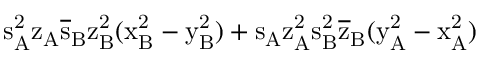
\mathrm { s _ { A } ^ { 2 } \mathrm { z _ { A } \mathrm { \overline { { s } } _ { B } \mathrm { z _ { B } ^ { 2 } ( \mathrm { x _ { B } ^ { 2 } - \mathrm { y _ { B } ^ { 2 } ) + \mathrm { s _ { A } \mathrm { z _ { A } ^ { 2 } \mathrm { s _ { B } ^ { 2 } \mathrm { \overline { { z } } _ { B } ( \mathrm { y _ { A } ^ { 2 } - \mathrm { x _ { A } ^ { 2 } ) } } } } } } } } } } } }